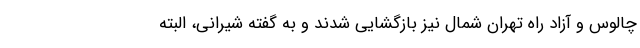
چالوس و آزاد راه تهران شمال نیز بازگشایی شدند و به گفته شیرانی،‌ البته